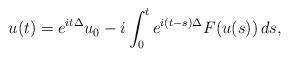
LaTeX: \begin{align*}u(t) = e^{it\Delta}u_0 - i \int_0^t e^{i(t-s)\Delta}F(u(s))\,ds,\end{align*}